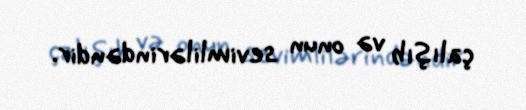
çalışıb və onun sevimlilərindəndir.